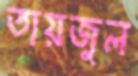
তায়জুল